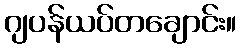
ဂျပန်ယပ်တချောင်း။